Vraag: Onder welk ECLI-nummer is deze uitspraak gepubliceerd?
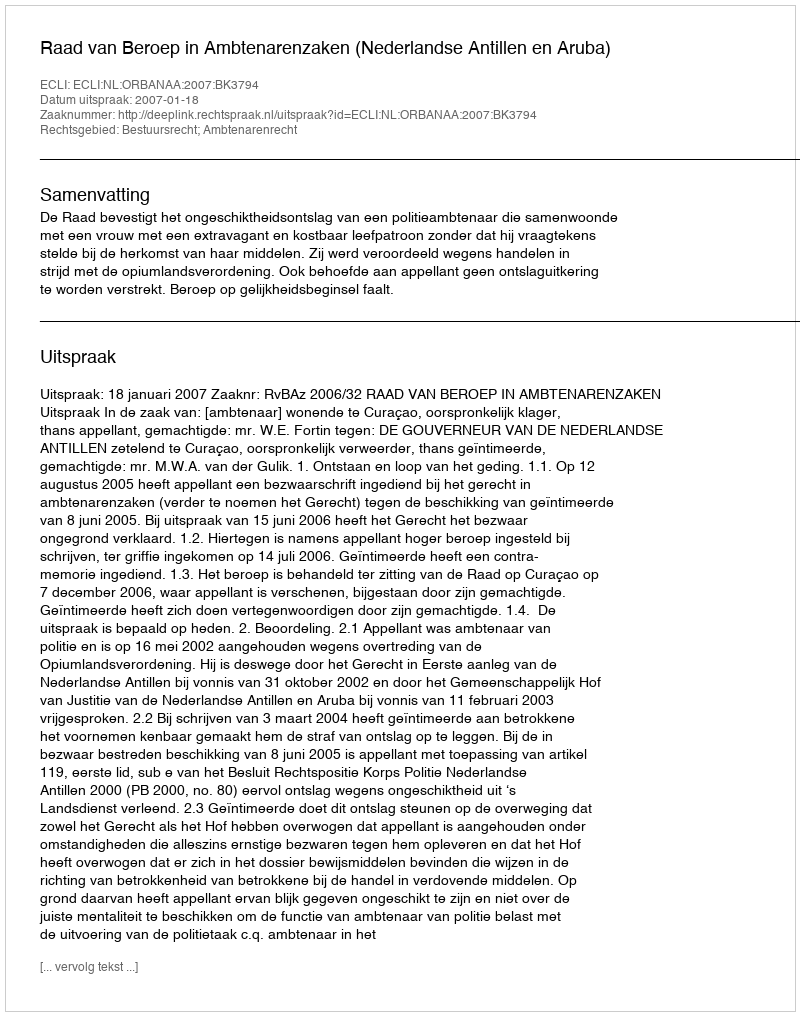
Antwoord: ECLI:NL:ORBANAA:2007:BK3794